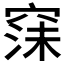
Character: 𮄇